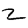
Digit: 2